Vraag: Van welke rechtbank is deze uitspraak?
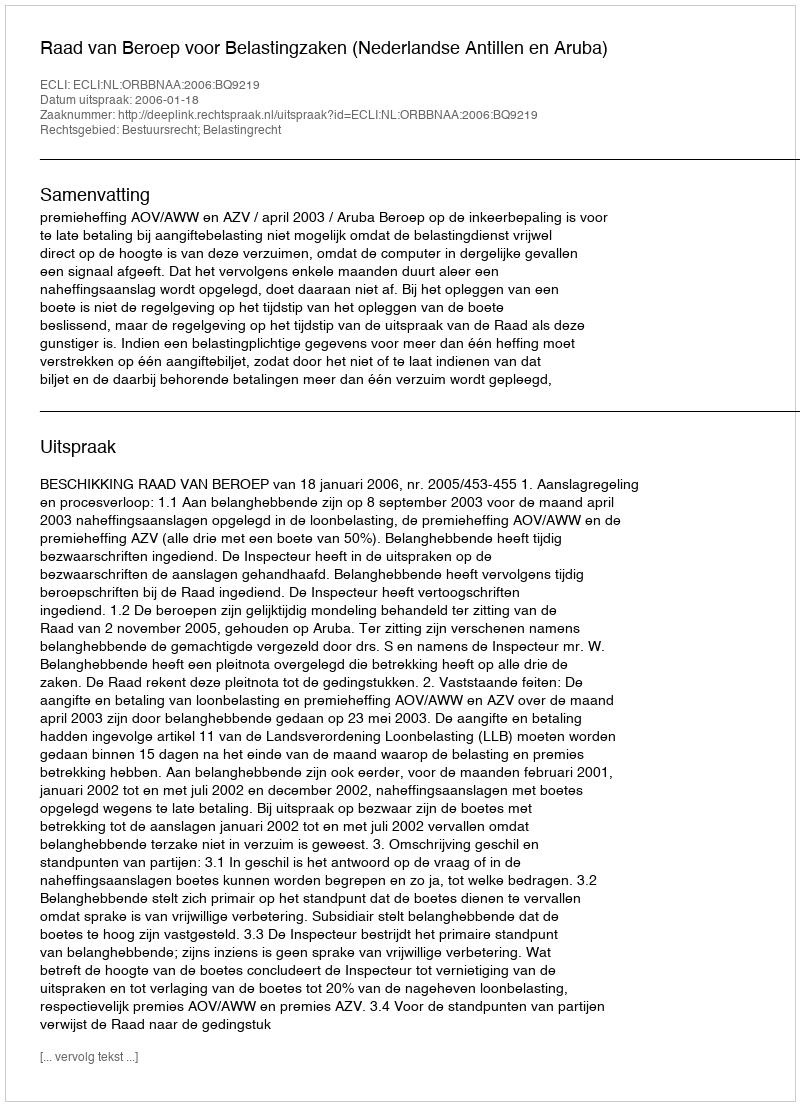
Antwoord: Raad van Beroep voor Belastingzaken (Nederlandse Antillen en Aruba)